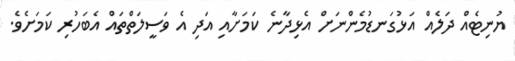
ޔުނިޓެއް ދަލެއް އަޅުގަނޑުމެންނަށް އެޅިދާނެ ކަމަށާއި އަދި އެ ވަސީލަތްތައް އެބަހުރި ކަމަށެވެ.